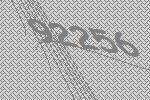
92256